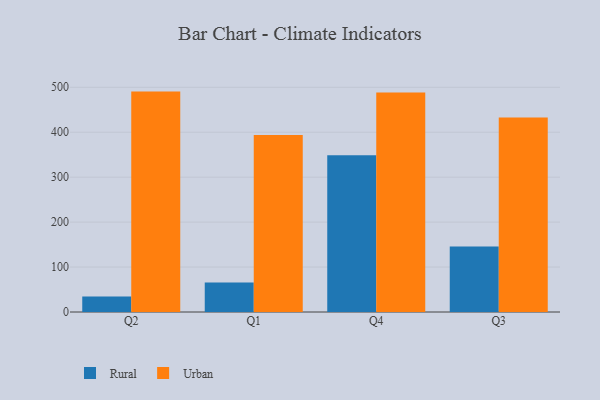
{"axis": {"x": "Quarter", "y": "Demand Index"}, "legend": ["Rural", "Urban"], "data": [{"x": "Q2", "y": 34.3, "type": "Rural"}, {"x": "Q2", "y": 490.4, "type": "Urban"}, {"x": "Q1", "y": 65.8, "type": "Rural"}, {"x": "Q1", "y": 393.9, "type": "Urban"}, {"x": "Q4", "y": 348.7, "type": "Rural"}, {"x": "Q4", "y": 488.2, "type": "Urban"}, {"x": "Q3", "y": 145.7, "type": "Rural"}, {"x": "Q3", "y": 433.0, "type": "Urban"}]}